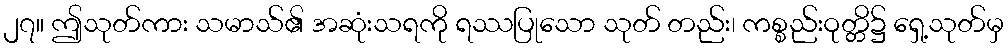
၂၇။ ဤသုတ်ကား သမာသ်၏ အဆုံးသရကို ရဿပြုသော သုတ် တည်း၊ ကစ္စည်းဝုတ္တိ၌ ရှေ့သုတ်မှ